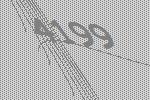
4199